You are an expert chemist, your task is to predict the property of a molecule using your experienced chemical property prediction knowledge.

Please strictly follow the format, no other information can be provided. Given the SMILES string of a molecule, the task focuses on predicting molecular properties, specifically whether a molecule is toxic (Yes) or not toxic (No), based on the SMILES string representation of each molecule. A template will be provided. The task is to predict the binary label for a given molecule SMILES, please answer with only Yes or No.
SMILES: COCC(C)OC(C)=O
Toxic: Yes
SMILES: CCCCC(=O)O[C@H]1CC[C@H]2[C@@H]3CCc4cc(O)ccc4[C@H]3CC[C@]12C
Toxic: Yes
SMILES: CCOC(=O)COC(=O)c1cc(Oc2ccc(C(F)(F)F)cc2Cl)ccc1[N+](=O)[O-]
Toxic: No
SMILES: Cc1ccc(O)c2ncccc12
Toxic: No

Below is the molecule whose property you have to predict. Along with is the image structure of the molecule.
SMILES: O=C(O)CCn1c2c(c3ccccc31)C[C@H](NS(=O)(=O)c1ccc(F)cc1)CC2
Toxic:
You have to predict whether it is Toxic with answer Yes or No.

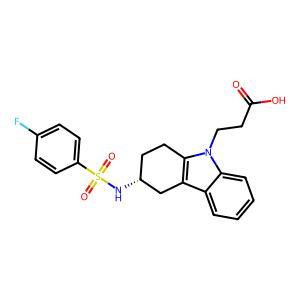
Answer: No